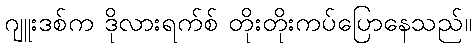
ဂျူးဒစ်က ဒိုလားရက်စ် တိုးတိုးကပ်ပြောနေသည်။